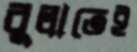
বুলাতেই